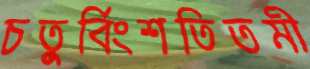
চতুর্বিংশতিতমী